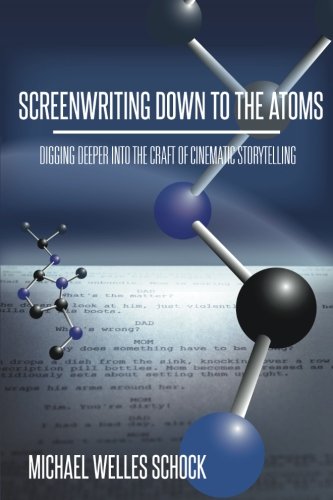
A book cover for Screenwriting Down to the Atoms: Digging Deeper into the Craft of Cinematic Storytelling; Michael Welles Schock; Humor & Entertainment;